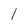
Character: l